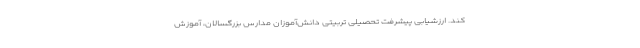
کند. ارزشیابی پیشرفت تحصیلی تربیتی دانش‌آموزان مدارس بزرگسالان، آموزش